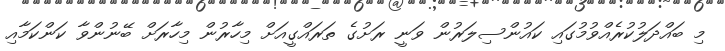
މި ބައްދަލުކުރެއްވުމުގައި ކައުންސިލަރުން ވަނީ ރަށުގެ ތަރައްގީއަށް މިހާރުން މިހާރަށް ބޭނުންވާ ކަންކަމާއި